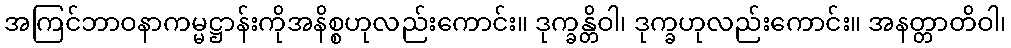
အကြင်ဘာဝနာကမ္မဋ္ဌာန်းကိုအနိစ္စဟုလည်းကောင်း။ ဒုက္ခန္တိဝါ၊ ဒုက္ခဟုလည်းကောင်း။ အနတ္တာတိဝါ၊